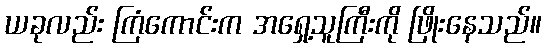
ယခုလည်း ကြံကောင်းက အရှေ့သူကြီးကို ဖြိုးနေသည်။